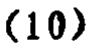
$(10)$